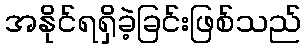
အနိုင်ရရှိခဲ့ခြင်းဖြစ်သည်